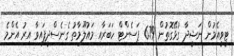
ޓީވީއެމުން ނަޝީދާ ގުޅޭގޮތުން 6.79 ޕަސެންޓް ހަބަރާއި މައުލޫމާތު ގެނެސްދީފައިވާ އިރު އެންމެ